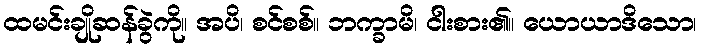
ထမင်းချိုဆန်ခွဲကို။ အပိ၊ စင်စစ်။ ဘက္ခာမိ၊ ငါးစား၏။ ယောယာဒိသော၊